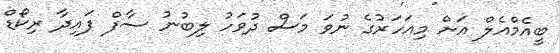
ބީއެމްއެލް އަށް މިއަހަރުގެ ނުވަ މަސް ދުވަހު ލިބުނު ސާފް ފައިދާ ރިކޯޑް